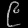
Digit: ၉